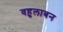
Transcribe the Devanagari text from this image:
वहुलाबन